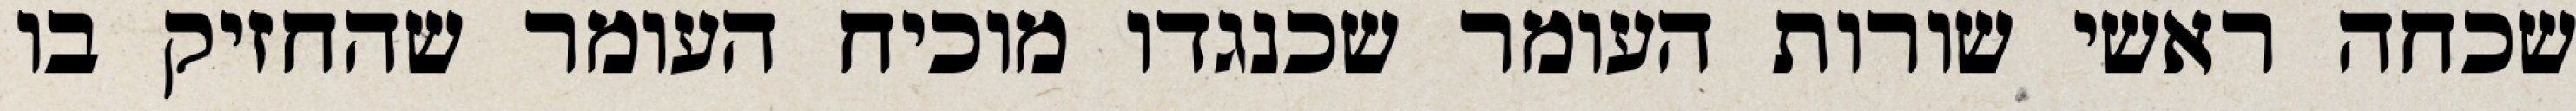
שכחה ראשי שורות העומר שכנגדו מוכיח העומר שהחזיק בו